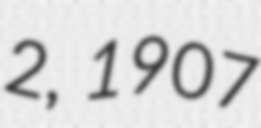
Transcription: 2, 1907